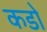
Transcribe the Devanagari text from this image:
कडो